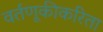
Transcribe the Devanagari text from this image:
वर्तणूकीकरिता